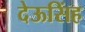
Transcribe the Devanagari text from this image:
देऊसिंह